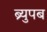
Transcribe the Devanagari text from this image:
ब्र्युपब